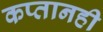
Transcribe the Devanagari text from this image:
कप्तानही